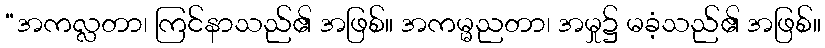
“အကလ္လတာ၊ ကြင်နာသည်၏ အဖြစ်။ အကမ္မညတာ၊ အမှု၌ မခံ့သည်၏ အဖြစ်။